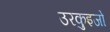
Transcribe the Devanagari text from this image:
उरकुइजो